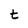
Character: t